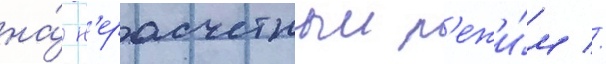
на́ н'ерасчетныи р'ежи́м //